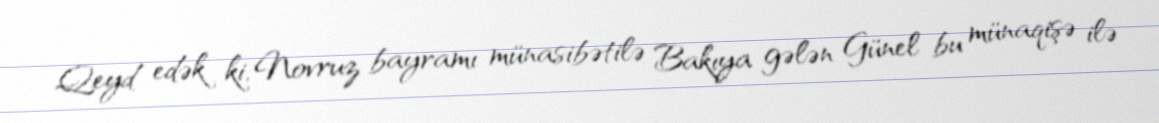
Qeyd edək ki, Novruz bayramı münasibətilə Bakıya gələn Günel bu münaqişə ilə